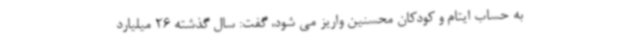
به حساب ایتام و کودکان محسنین واریز می شود، گفت: سال گذشته 26 میلیارد